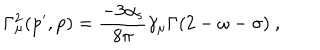
LaTeX: \mathrm { \Gamma _ { \ m u } ^ { 2 } ( p ^ { \prime } , p ) = \frac { - 3 \ a l p h a _ { s } } { 8 \ p i } \ g a m m a _ { \ m u } \Gamma ( 2 - \ o m e g a - \ s i g m a ) ~ , }